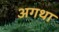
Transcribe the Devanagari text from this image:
अगथा